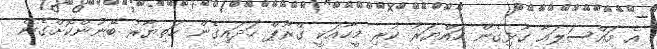
އެ މައްސަލައާ ގުޅިގެން ހައްޔަރު ކުރި މީހާއަކީ ގްރޫޕް ހަދައިގެން ހަތިޔާރު ބޭނުންކޮށްގެން